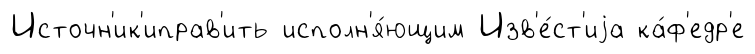
Источн'ик'иправ'ить исполн'я́ющим Изв'е́ст'иjа ка́ф'едр'е